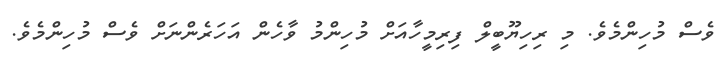
ވެސް މުހިންމެވެ. މި ރިހިޔޫބީލް ފިރިމީހާއަށް މުހިންމު ވާހެން އަހަރެންނަށް ވެސް މުހިންމެވެ.